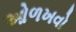
ઓળખવો